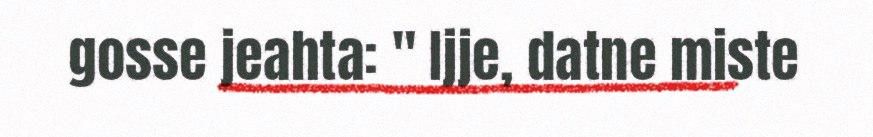
gosse jeahta: " Ijje, datne miste